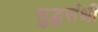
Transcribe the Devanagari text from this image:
युद्धसंधी